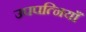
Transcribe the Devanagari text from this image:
उपपत्नियाँ